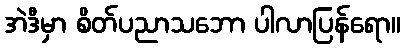
အဲဒီမှာ စိတ်ပညာသဘော ပါလာပြန်ရော။